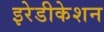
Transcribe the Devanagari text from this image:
इरेडीकेशन